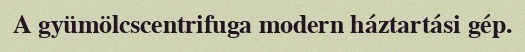
A gyümölcscentrifuga modern háztartási gép.